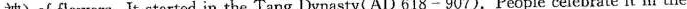
神)of flowers. It started in the Tang Dynasty(AD 618- 907). People celebrate it in the